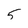
Character: 5